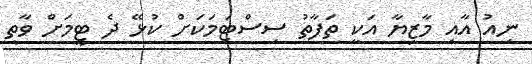
ނިއު އާއި މާޒިޔާ އަކީ ތަފާތު ސިސްޓަމަކަށް ކުޅޭ ދެ ޓީމަށް ވާތީ